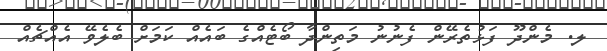
ލ. މެންދޫ ފަޅުތެރޭން ފެނުނު މަތިންދާ ބޯޓެއްގެ ބައެއް ކަމަށް ބެލެވޭ އެއްޗެއް